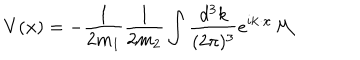
V ( { \bf x } ) = - \frac { 1 } { 2 m _ { 1 } } \frac { 1 } { 2 m _ { 2 } } \int \frac { d ^ { 3 } k } { ( 2 \pi ) ^ { 3 } } e ^ { i { \bf k } \cdot { \bf x } } { \cal M }